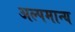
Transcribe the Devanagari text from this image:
अल्पमान्य